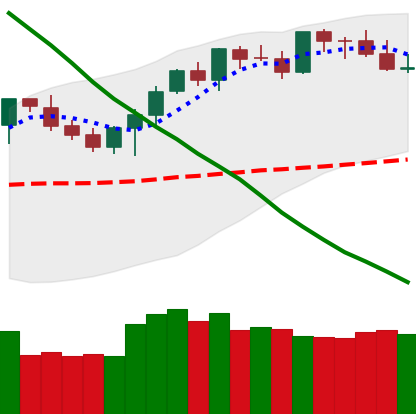
Ticker: BTC-USD
Chart end date: 2021-08-18
Forward return: 10.591%
Label: up_7plus